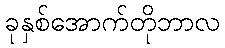
ခုနှစ်အောက်တိုဘာလ